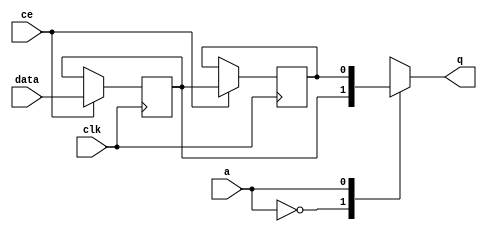
// ==============================================================
// File generated by Vivado(TM) HLS - High-Level Synthesis from C, C++ and SystemC
// Version: 2018.2
// Copyright (C) 1986-2018 Xilinx, Inc. All Rights Reserved.
// 
// ==============================================================


`timescale 1 ns / 1 ps

module start_for_minus_vsc4_shiftReg (
    clk,
    data,
    ce,
    a,
    q);

parameter DATA_WIDTH = 32'd1;
parameter ADDR_WIDTH = 32'd1;
parameter DEPTH = 2'd2;

input clk;
input [DATA_WIDTH-1:0] data;
input ce;
input [ADDR_WIDTH-1:0] a;
output [DATA_WIDTH-1:0] q;

reg[DATA_WIDTH-1:0] SRL_SIG [0:DEPTH-1];
integer i;

always @ (posedge clk)
    begin
        if (ce)
        begin
            for (i=0;i<DEPTH-1;i=i+1)
                SRL_SIG[i+1] <= SRL_SIG[i];
            SRL_SIG[0] <= data;
        end
    end

assign q = SRL_SIG[a];

endmodule

module start_for_minus_vsc4 (
    clk,
    reset,
    if_empty_n,
    if_read_ce,
    if_read,
    if_dout,
    if_full_n,
    if_write_ce,
    if_write,
    if_din);

parameter MEM_STYLE   = "shiftreg";
parameter DATA_WIDTH  = 32'd1;
parameter ADDR_WIDTH  = 32'd1;
parameter DEPTH       = 2'd2;

input clk;
input reset;
output if_empty_n;
input if_read_ce;
input if_read;
output[DATA_WIDTH - 1:0] if_dout;
output if_full_n;
input if_write_ce;
input if_write;
input[DATA_WIDTH - 1:0] if_din;

wire[ADDR_WIDTH - 1:0] shiftReg_addr ;
wire[DATA_WIDTH - 1:0] shiftReg_data, shiftReg_q;
wire                     shiftReg_ce;
reg[ADDR_WIDTH:0] mOutPtr = ~{(ADDR_WIDTH+1){1'b0}};
reg internal_empty_n = 0, internal_full_n = 1;

assign if_empty_n = internal_empty_n;
assign if_full_n = internal_full_n;
assign shiftReg_data = if_din;
assign if_dout = shiftReg_q;

always @ (posedge clk) begin
    if (reset == 1'b1)
    begin
        mOutPtr <= ~{ADDR_WIDTH+1{1'b0}};
        internal_empty_n <= 1'b0;
        internal_full_n <= 1'b1;
    end
    else begin
        if (((if_read & if_read_ce) == 1 & internal_empty_n == 1) && 
            ((if_write & if_write_ce) == 0 | internal_full_n == 0))
        begin
            mOutPtr <= mOutPtr - 2'd1;
            if (mOutPtr == 2'd0)
                internal_empty_n <= 1'b0;
            internal_full_n <= 1'b1;
        end 
        else if (((if_read & if_read_ce) == 0 | internal_empty_n == 0) && 
            ((if_write & if_write_ce) == 1 & internal_full_n == 1))
        begin
            mOutPtr <= mOutPtr + 2'd1;
            internal_empty_n <= 1'b1;
            if (mOutPtr == DEPTH - 2'd2)
                internal_full_n <= 1'b0;
        end 
    end
end

assign shiftReg_addr = mOutPtr[ADDR_WIDTH] == 1'b0 ? mOutPtr[ADDR_WIDTH-1:0]:{ADDR_WIDTH{1'b0}};
assign shiftReg_ce = (if_write & if_write_ce) & internal_full_n;

start_for_minus_vsc4_shiftReg 
#(
    .DATA_WIDTH(DATA_WIDTH),
    .ADDR_WIDTH(ADDR_WIDTH),
    .DEPTH(DEPTH))
U_start_for_minus_vsc4_ram (
    .clk(clk),
    .data(shiftReg_data),
    .ce(shiftReg_ce),
    .a(shiftReg_addr),
    .q(shiftReg_q));

endmodule